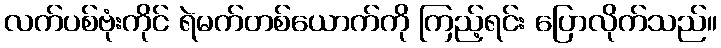
လက်ပစ်ဗုံးကိုင် ရဲမက်တစ်ယောက်ကို ကြည့်ရင်း ပြောလိုက်သည်။